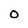
Character: O